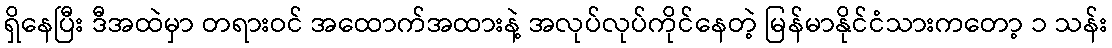
ရှိနေပြီး ဒီအထဲမှာ တရားဝင် အထောက်အထားနဲ့ အလုပ်လုပ်ကိုင်နေတဲ့ မြန်မာနိုင်ငံသားကတော့ ၁ သန်း